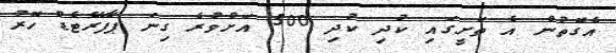
އެގޮތުން އެ ތަށީގައި ކުދި ކުދި 500 އަށްވުރެ ގިނަ ޕާފޮރޭޓެޑް ހޮރު